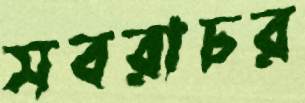
সবরাচর